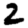
Digit: 2